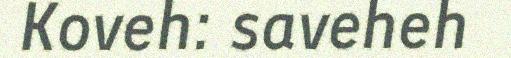
Koveh: saveheh